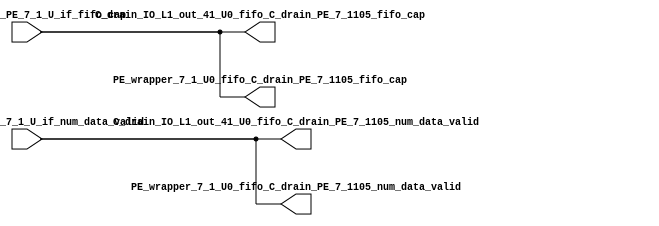
// ==================================================
// RTL generated by RapidStream
//
// Copyright 2024 RapidStream Design Automation, Inc.
// All Rights Reserved.
// ==================================================
`timescale 1 ns / 1 ps
module __rs_kernel3_aux_split_aux_82 #(
    parameter C_S_AXI_CONTROL_DATA_WIDTH  = 32,
    parameter C_S_AXI_CONTROL_ADDR_WIDTH  = 6,
    parameter C_S_AXI_DATA_WIDTH          = 32,
    parameter C_M_AXI_GMEM_A_ID_WIDTH     = 1,
    parameter C_M_AXI_GMEM_A_ADDR_WIDTH   = 64,
    parameter C_M_AXI_GMEM_A_DATA_WIDTH   = 512,
    parameter C_M_AXI_GMEM_A_AWUSER_WIDTH = 1,
    parameter C_M_AXI_GMEM_A_ARUSER_WIDTH = 1,
    parameter C_M_AXI_GMEM_A_WUSER_WIDTH  = 1,
    parameter C_M_AXI_GMEM_A_RUSER_WIDTH  = 1,
    parameter C_M_AXI_GMEM_A_BUSER_WIDTH  = 1,
    parameter C_M_AXI_GMEM_A_USER_VALUE   = 0,
    parameter C_M_AXI_GMEM_A_PROT_VALUE   = 0,
    parameter C_M_AXI_GMEM_A_CACHE_VALUE  = 3,
    parameter C_M_AXI_DATA_WIDTH          = 32,
    parameter C_M_AXI_GMEM_B_ID_WIDTH     = 1,
    parameter C_M_AXI_GMEM_B_ADDR_WIDTH   = 64,
    parameter C_M_AXI_GMEM_B_DATA_WIDTH   = 512,
    parameter C_M_AXI_GMEM_B_AWUSER_WIDTH = 1,
    parameter C_M_AXI_GMEM_B_ARUSER_WIDTH = 1,
    parameter C_M_AXI_GMEM_B_WUSER_WIDTH  = 1,
    parameter C_M_AXI_GMEM_B_RUSER_WIDTH  = 1,
    parameter C_M_AXI_GMEM_B_BUSER_WIDTH  = 1,
    parameter C_M_AXI_GMEM_B_USER_VALUE   = 0,
    parameter C_M_AXI_GMEM_B_PROT_VALUE   = 0,
    parameter C_M_AXI_GMEM_B_CACHE_VALUE  = 3,
    parameter C_M_AXI_GMEM_C_ID_WIDTH     = 1,
    parameter C_M_AXI_GMEM_C_ADDR_WIDTH   = 64,
    parameter C_M_AXI_GMEM_C_DATA_WIDTH   = 512,
    parameter C_M_AXI_GMEM_C_AWUSER_WIDTH = 1,
    parameter C_M_AXI_GMEM_C_ARUSER_WIDTH = 1,
    parameter C_M_AXI_GMEM_C_WUSER_WIDTH  = 1,
    parameter C_M_AXI_GMEM_C_RUSER_WIDTH  = 1,
    parameter C_M_AXI_GMEM_C_BUSER_WIDTH  = 1,
    parameter C_M_AXI_GMEM_C_USER_VALUE   = 0,
    parameter C_M_AXI_GMEM_C_PROT_VALUE   = 0,
    parameter C_M_AXI_GMEM_C_CACHE_VALUE  = 3,
    parameter C_S_AXI_CONTROL_WSTRB_WIDTH = 4,
    parameter C_S_AXI_WSTRB_WIDTH         = 4,
    parameter C_M_AXI_GMEM_A_WSTRB_WIDTH  = 64,
    parameter C_M_AXI_WSTRB_WIDTH         = 4,
    parameter C_M_AXI_GMEM_B_WSTRB_WIDTH  = 64,
    parameter C_M_AXI_GMEM_C_WSTRB_WIDTH  = 64
) (
    output wire [1:0] C_drain_IO_L1_out_41_U0_fifo_C_drain_PE_7_1105_fifo_cap,
    output wire [1:0] C_drain_IO_L1_out_41_U0_fifo_C_drain_PE_7_1105_num_data_valid,
    output wire [1:0] PE_wrapper_7_1_U0_fifo_C_drain_PE_7_1105_fifo_cap,
    output wire [1:0] PE_wrapper_7_1_U0_fifo_C_drain_PE_7_1105_num_data_valid,
    input wire  [1:0] fifo_C_drain_PE_7_1_U_if_fifo_cap,
    input wire  [1:0] fifo_C_drain_PE_7_1_U_if_num_data_valid
);
assign C_drain_IO_L1_out_41_U0_fifo_C_drain_PE_7_1105_fifo_cap = fifo_C_drain_PE_7_1_U_if_fifo_cap;
assign C_drain_IO_L1_out_41_U0_fifo_C_drain_PE_7_1105_num_data_valid = fifo_C_drain_PE_7_1_U_if_num_data_valid;
assign PE_wrapper_7_1_U0_fifo_C_drain_PE_7_1105_fifo_cap = fifo_C_drain_PE_7_1_U_if_fifo_cap;
assign PE_wrapper_7_1_U0_fifo_C_drain_PE_7_1105_num_data_valid = fifo_C_drain_PE_7_1_U_if_num_data_valid;
endmodule